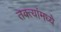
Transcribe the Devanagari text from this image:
तक्त्यांमध्ये